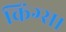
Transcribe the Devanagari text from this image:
किंग्स।